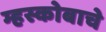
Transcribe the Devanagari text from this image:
म्हस्कोबाचे